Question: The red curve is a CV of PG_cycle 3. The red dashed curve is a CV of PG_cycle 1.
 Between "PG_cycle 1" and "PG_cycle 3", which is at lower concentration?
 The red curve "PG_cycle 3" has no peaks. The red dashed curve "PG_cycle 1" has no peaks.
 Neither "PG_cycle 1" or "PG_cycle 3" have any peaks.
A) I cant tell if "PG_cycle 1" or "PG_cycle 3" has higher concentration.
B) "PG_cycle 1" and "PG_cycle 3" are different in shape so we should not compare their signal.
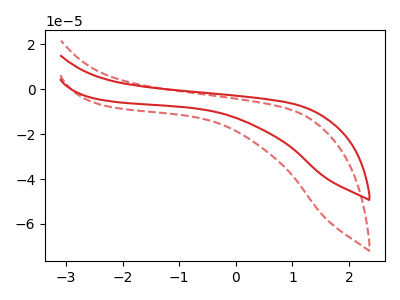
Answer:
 <answer>A) I cant tell if "PG_cycle 1" or "PG_cycle 3" has higher concentration.</answer>
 <eval>A</eval>